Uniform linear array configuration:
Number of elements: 24
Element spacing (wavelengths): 0.5
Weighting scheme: hann
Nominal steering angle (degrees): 45
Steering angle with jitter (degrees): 46.678
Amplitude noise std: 0.05
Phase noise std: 0.05

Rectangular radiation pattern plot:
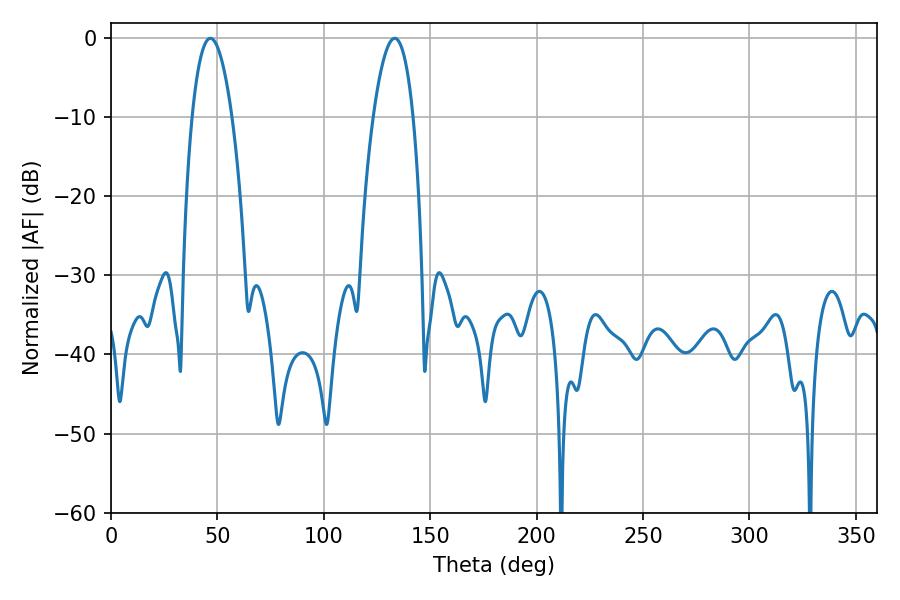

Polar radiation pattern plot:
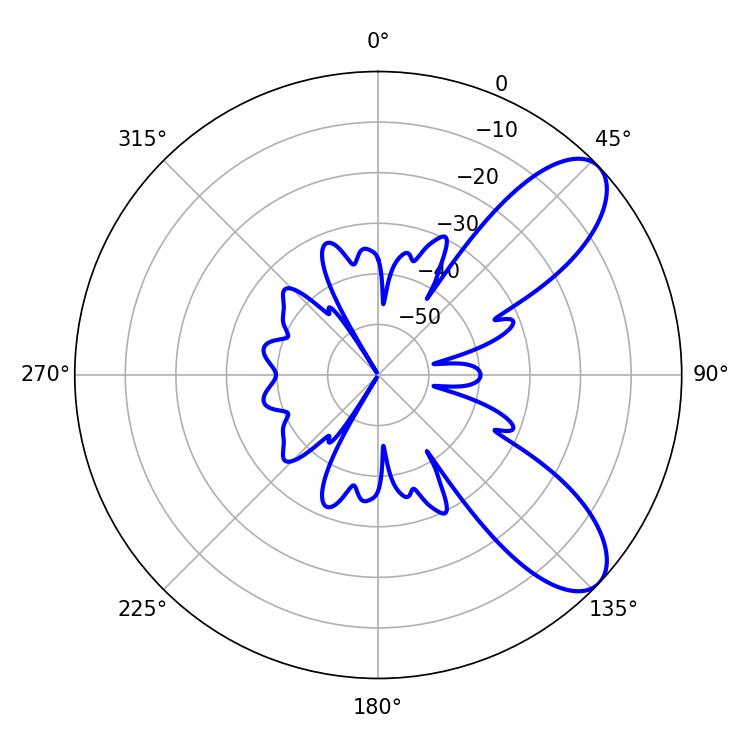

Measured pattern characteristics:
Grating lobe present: FALSE
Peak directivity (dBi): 8.486
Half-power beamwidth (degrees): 10.44
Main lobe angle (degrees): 46.62